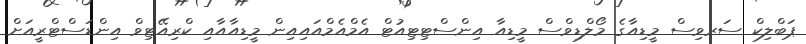
ޕަބްލިކް ސަރވިސް މީޑިއާގެ މޯލްޑިވްސް މީޑިއާ އިންސްޓިޓިއުޓް އެމްއެމްއައިއިން މީޑިއާއާއި ކްރިއޭޓިވް އިންޑަސްޓްރީއަށް